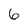
Character: 6